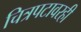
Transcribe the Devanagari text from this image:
चित्रपटावरही